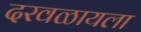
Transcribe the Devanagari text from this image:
दरवळायला